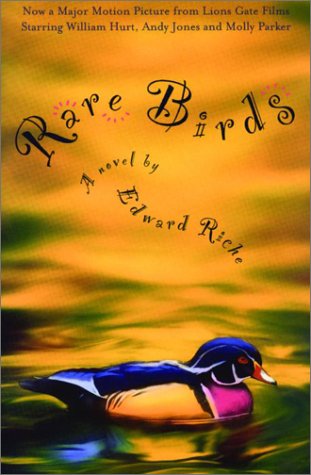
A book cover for Rare Birds; Edward Riche; Literature & Fiction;